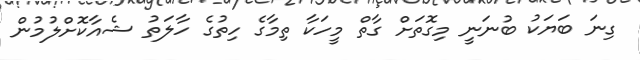
ގިނަ ބަޔަކު ބުނަނީ މިގޮތަށް ގާތް މީހަކާ ތިމާގެ ހިތުގެ ހާލަތު ޝެއާކޮށްލުމުން